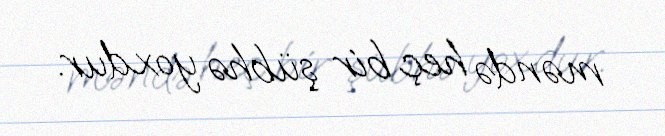
məndə heç bir şübhə yoxdur.